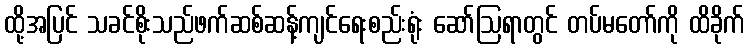
ထို့အပြင် သခင်စိုးသည်ဖက်ဆစ်ဆန့်ကျင်ရေးစည်းရုံး ဆော်ဩရာတွင် တပ်မတော်ကို ထိခိုက်